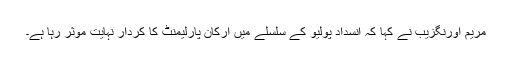
مریم اورنگزیب نے کہا کہ انسداد پولیو کے سلسلے میں ارکان پارلیمنٹ کا کردار نہایت موثر رہا ہے۔